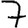
Digit: 7